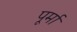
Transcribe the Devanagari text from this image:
पूर्मा